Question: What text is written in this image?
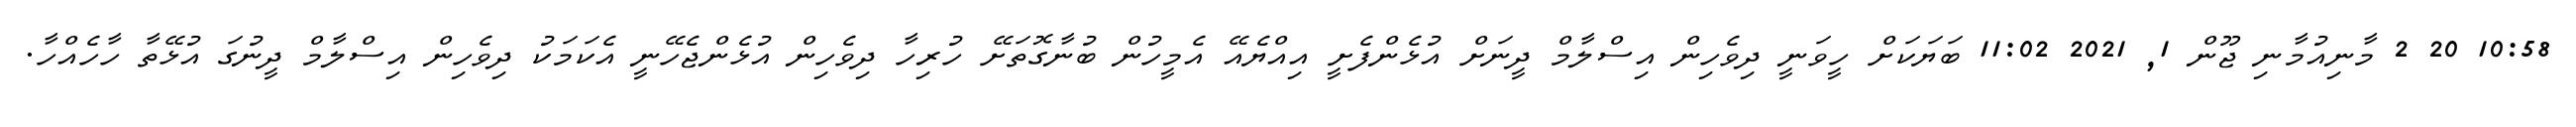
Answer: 10:58 20 2 މާނިއުމާނި ޖޫން 1, 2021 11:02 ބަޔަކަށް ހީވަނީ ދިވެހިން އިސްލާމް ދީނަށް އުޅެންފެށީ އިއްޔެއޭ އެމީހުން ބުނާގޮތަށޭ ހުރިހާ ދިވެހިން އުޅެންޖެހޭނީ އެކަމަކު ދިވެހިން އިސްލާމް ދީނުގަ އުޅޭތާ ހާހެއްހާ.